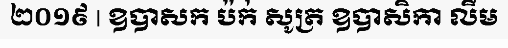
២០១៩ | ឧបាសក ប៉ក់ សូត្រ ឧបាសិកា លឹម